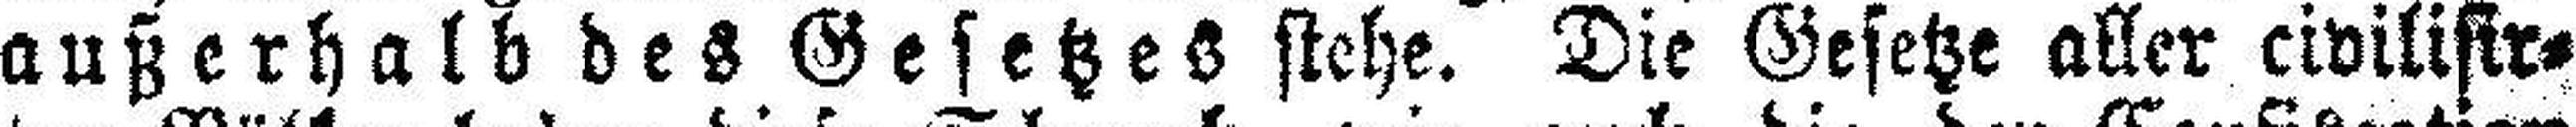
außerhalb des Gesetzes stehe. Die Gesetze aller civilisir¬